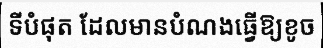
ទីបំផុត ដែលមានបំណងធ្វើឱ្យខូច